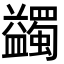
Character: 蠲